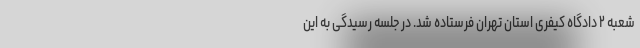
شعبه ۲ دادگاه کیفری استان تهران فرستاده شد. در جلسه رسیدگی به این